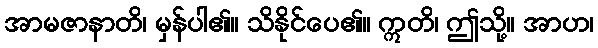
အာမဇာနာတိ၊ မှန်ပါ၏။ သိနိုင်ပေ၏။ ဣတိ၊ ဤသို့။ အာဟ၊